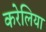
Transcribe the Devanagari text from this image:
करेलिया